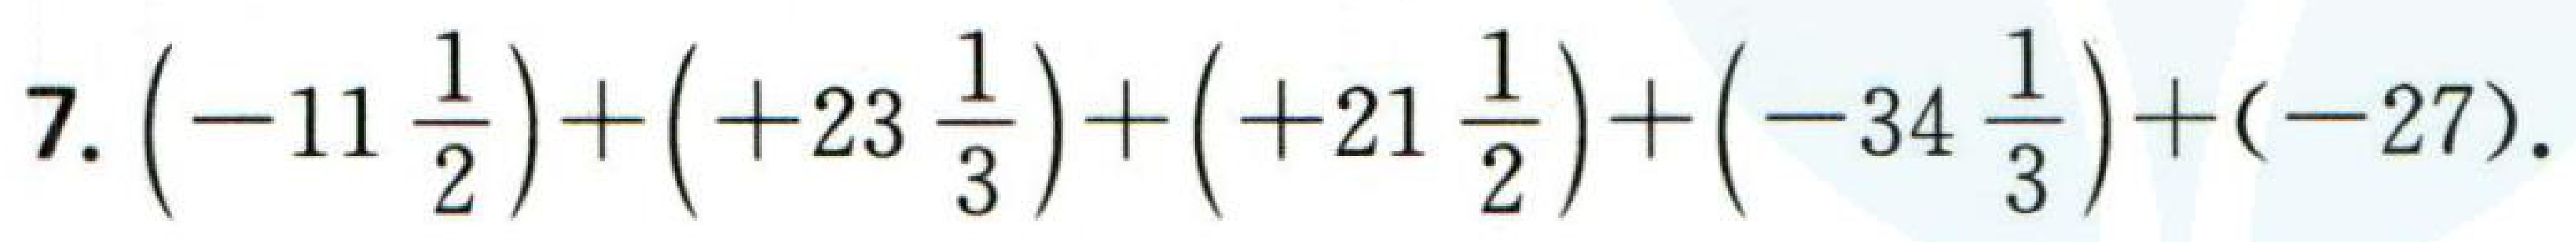
$7.\left(-11\frac{1}{2}\right)+\left(+23\frac{1}{3}\right)+\left(+21\frac{1}{2}\right)+\left(-34\frac{1}{3}\right)+(-27).$